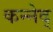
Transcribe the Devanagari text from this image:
कन्नेद्